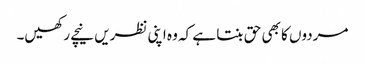
مردوں کا بھی حق بنتا ہے کہ وہ اپنی نظریں نیچے رکھیں۔